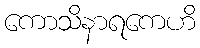
ကောသိနာရကေဟိ